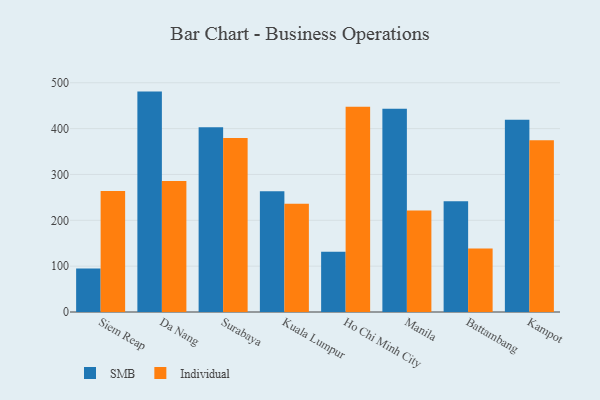
{"axis": {"x": "City", "y": "LTV (USD)"}, "legend": ["Individual", "SMB"], "data": [{"x": "Siem Reap", "y": 95.1, "type": "SMB"}, {"x": "Siem Reap", "y": 263.7, "type": "Individual"}, {"x": "Da Nang", "y": 480.7, "type": "SMB"}, {"x": "Da Nang", "y": 285.6, "type": "Individual"}, {"x": "Surabaya", "y": 403.0, "type": "SMB"}, {"x": "Surabaya", "y": 379.5, "type": "Individual"}, {"x": "Kuala Lumpur", "y": 263.2, "type": "SMB"}, {"x": "Kuala Lumpur", "y": 236.2, "type": "Individual"}, {"x": "Ho Chi Minh City", "y": 131.2, "type": "SMB"}, {"x": "Ho Chi Minh City", "y": 447.4, "type": "Individual"}, {"x": "Manila", "y": 443.3, "type": "SMB"}, {"x": "Manila", "y": 221.4, "type": "Individual"}, {"x": "Battambang", "y": 241.4, "type": "SMB"}, {"x": "Battambang", "y": 138.3, "type": "Individual"}, {"x": "Kampot", "y": 419.1, "type": "SMB"}, {"x": "Kampot", "y": 374.8, "type": "Individual"}]}